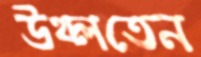
উথ্‌লতেন